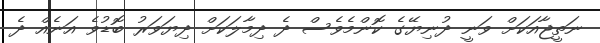
ނަތީޖާއަކަށް ވަނީ ދުނިޔޭގެ ކޮންމެވެސް ދެ ދިމާލަކަށް ދިޔަވަރު ބޮޑުވެ އަނެއް ދެ